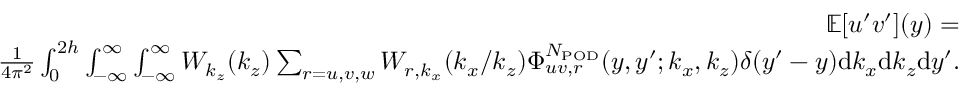
\begin{array} { r l r } & { } & { \mathbb { E } [ u ^ { \prime } v ^ { \prime } ] ( y ) = } \\ & { } & { \frac { 1 } { 4 \pi ^ { 2 } } \int _ { 0 } ^ { 2 h } \int _ { - \infty } ^ { \infty } \int _ { - \infty } ^ { \infty } W _ { k _ { z } } ( k _ { z } ) \sum _ { r = u , v , w } W _ { r , k _ { x } } ( k _ { x } / k _ { z } ) \Phi _ { u v , r } ^ { N _ { \mathrm { P O D } } } ( y , y ^ { \prime } ; k _ { x } , k _ { z } ) \delta ( y ^ { \prime } - y ) \mathrm { d } k _ { x } \mathrm { d } k _ { z } \mathrm { d } y ^ { \prime } . } \end{array}